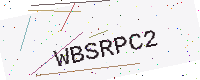
Text: WBSRPC2